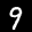
Label: 9